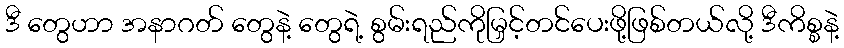
ဒီ တွေဟာ အနာဂတ် တွေနဲ့ တွေရဲ့ စွမ်းရည်ကိုမြှင့်တင်ပေးဖို့ဖြစ်တယ်လို့ ဒီကိစ္စနဲ့